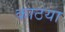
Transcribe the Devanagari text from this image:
काठया